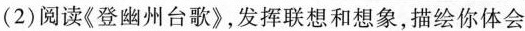
(2)阅读《登幽州台歌》，发挥联想和想象，描绘你体会